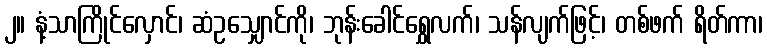
၂။ နံ့သာကြိုင်လှောင်၊ ဆံဥသျှောင်ကို၊ ဘုန်းခေါင်ရွှေလက်၊ သန်လျက်ဖြင့်၊ တစ်ဖက် ရိတ်ကာ၊